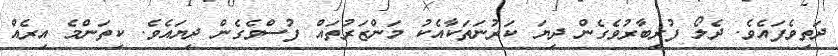
ދަތިވެފައެވެ. ދެލޯ ފުރިބާރުވެގެން ދިޔަ ކަރުނަތަކާއެކު މަންޒަރުތައް ފުސްވެގެން ދިޔައެވެ. ކިތަންމެ އިރެއް